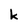
Character: k